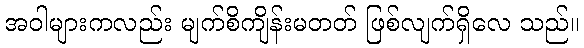
အဝါများကလည်း မျက်စိကျိန်းမတတ် ဖြစ်လျက်ရှိလေ သည်။